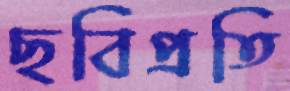
ছবিপ্রতি